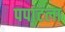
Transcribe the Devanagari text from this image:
पपांटला